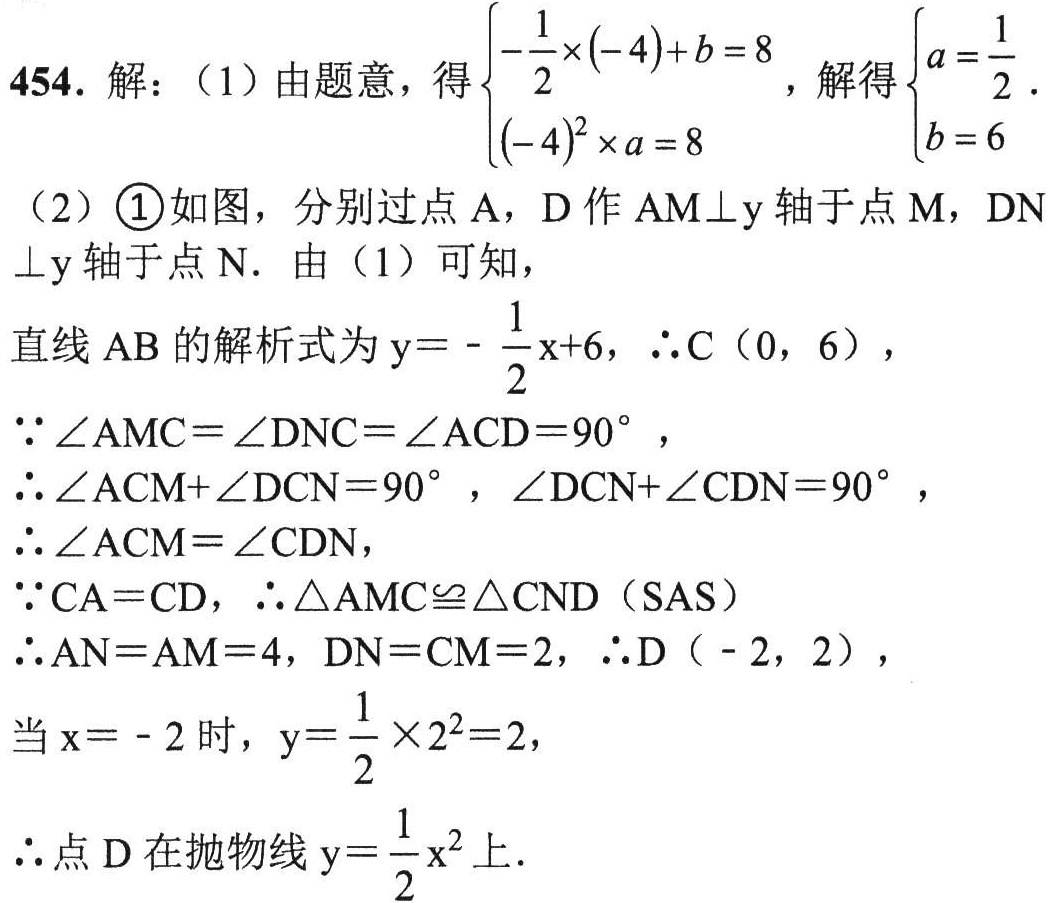
454. 解：（1）由题意，得\(\begin{cases}-\frac{1}{2}\times(-4)+b = 8\\(-4)^{2}\times a=8\end{cases}\)，解得\(\begin{cases}a=\frac{1}{2}\\b = 6\end{cases}\)
（2）\textcircled{1}如图，分别过点A，D作\(AM\perp y\)轴于点M，\(DN\perp y\)轴于点N. 由（1）可知，
直线AB的解析式为\(y =-\frac{1}{2}x + 6\)，\(\therefore C(0,6)\)，
\(\because\angle AMC=\angle DNC=\angle ACD = 90^{\circ}\)，
\(\therefore\angle ACM+\angle DCN = 90^{\circ}\)，\(\angle DCN+\angle CDN = 90^{\circ}\)，
\(\therefore\angle ACM=\angle CDN\)，
\(\because CA = CD\)，\(\therefore\triangle AMC\cong\triangle CND\)（SAS）
\(\therefore AN = AM = 4\)，\(DN = CM = 2\)，\(\therefore D(-2,2)\)，
当\(x=-2\)时，\(y=\frac{1}{2}\times2^{2}=2\)，
\(\therefore\)点D在抛物线\(y=\frac{1}{2}x^{2}\)上.